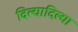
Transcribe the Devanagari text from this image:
दिल्यादिल्या